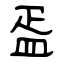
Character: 㿿